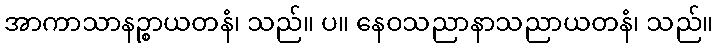
အာကာသာနဉ္စာယတနံ၊ သည်။ ပ။ နေဝသညာနာသညာယတနံ၊ သည်။